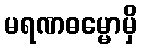
မရဏဓမ္မောမှိ